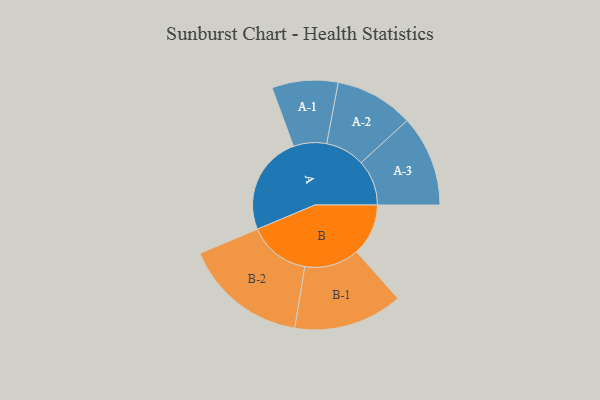
{"axis": {"x": "Segment", "y": "Value"}, "legend": ["", "A", "B"], "data": [{"x": "A", "y": 429, "type": ""}, {"x": "B", "y": 224, "type": ""}, {"x": "A-1", "y": 143, "type": "A"}, {"x": "A-2", "y": 170, "type": "A"}, {"x": "A-3", "y": 197, "type": "A"}, {"x": "B-1", "y": 236, "type": "B"}, {"x": "B-2", "y": 268, "type": "B"}]}